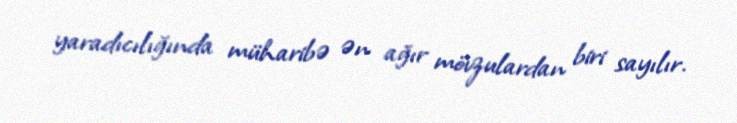
yaradıcılığında müharibə ən ağır mövzulardan biri sayılır.